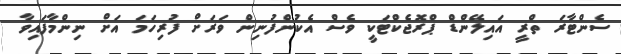
ސެންޓާރަ ތްރީ އައިލޭންޑް ޕްރޮޖެކްޓަކީ ވެސް އެކުންފުނިން ވަރަށް ފުރިހަމަ އަށް ނިންމާފައިވާ